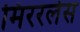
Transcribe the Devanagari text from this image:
मिररलेस